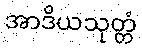
အာဒိယသုတ္တံ